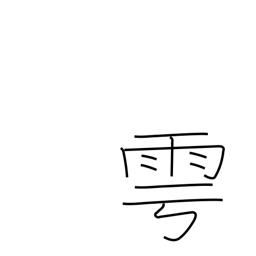
Meaning: offer sacrifice for rain